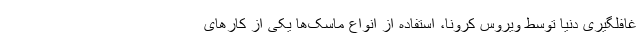
غافلگیری دنیا توسط ویروس کرونا، استفاده از انواع ماسک‌ها یکی از کارهای